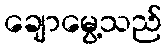
ချောမွေ့သည်